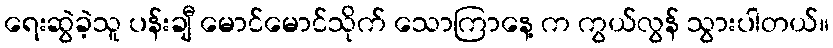
ရေးဆွဲခဲ့သူ ပန်းချီ မောင်မောင်သိုက် သောကြာနေ့ က ကွယ်လွန် သွားပါတယ်။